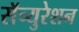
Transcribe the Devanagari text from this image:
सॅच्युरेशन